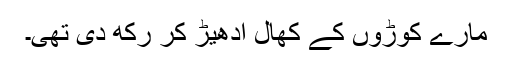
مارے کوڑوں کے کھال ادھیڑ کر رکھ دی تھی۔